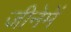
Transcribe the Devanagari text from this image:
जीनेमें